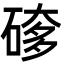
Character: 䃎